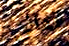
تعاني